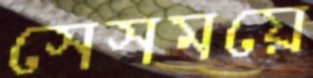
সেসময়ে